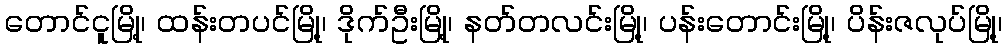
တောင်ငူမြို့၊ ထန်းတပင်မြို့၊ ဒိုက်ဦးမြို့၊ နတ်တလင်းမြို့၊ ပန်းတောင်းမြို့၊ ပိန်းဇလုပ်မြို့၊